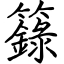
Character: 籙